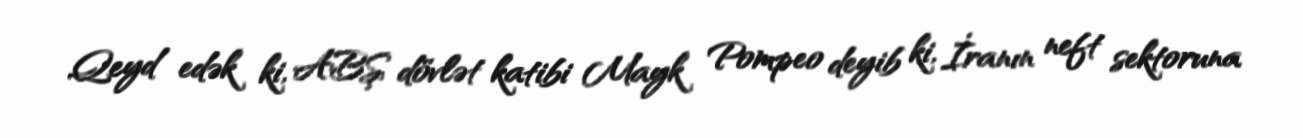
Qeyd edək ki, ABŞ dövlət katibi Mayk Pompeo deyib ki, İranın neft sektoruna